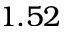
1 . 5 2